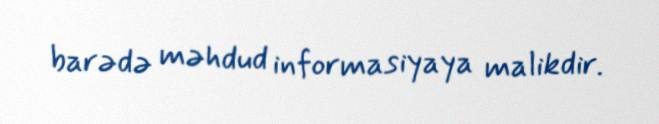
barədə məhdud informasiyaya malikdir.